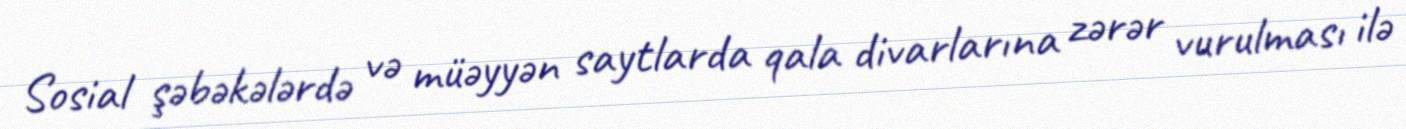
Sosial şəbəkələrdə və müəyyən saytlarda qala divarlarına zərər vurulması ilə